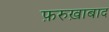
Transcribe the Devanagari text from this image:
फ़रुख़ाबाद